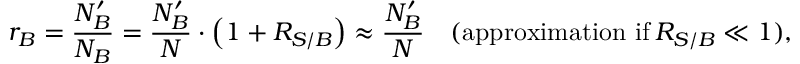
r _ { B } = \frac { N _ { B } ^ { \prime } } { N _ { B } } = \frac { N _ { B } ^ { \prime } } { N } \cdot \left( 1 + R _ { S / B } \right) \approx \frac { N _ { B } ^ { \prime } } { N } \quad ( \mathrm { a p p r o x i m a t i o n \ i f } \: R _ { S / B } \ll 1 ) ,